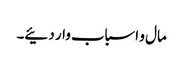
مال و اسباب وار دئیے۔